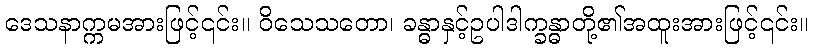
ဒေသနာက္ကမအားဖြင့်၎င်း။ ဝိသေသတော၊ ခန္ဓာနှင့်ဥပါဒါက္ခန္ဓာတို့၏အထူးအားဖြင့်၎င်း။